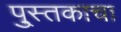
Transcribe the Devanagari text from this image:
पु्स्तकाचा